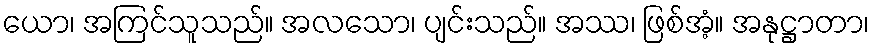
ယော၊ အကြင်သူသည်။ အလသော၊ ပျင်းသည်။ အဿ၊ ဖြစ်အံ့။ အနုဋ္ဌာတာ၊